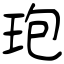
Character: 玸